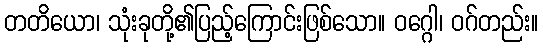
တတိယော၊ သုံးခုတို့၏ပြည့်ကြောင်းဖြစ်သော။ ဝဂ္ဂေါ၊ ဝဂ်တည်း။